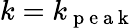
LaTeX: k=k_{\mathrm{~p~e~a~k~}}